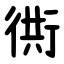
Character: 衖